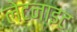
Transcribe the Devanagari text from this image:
लेटनाइट